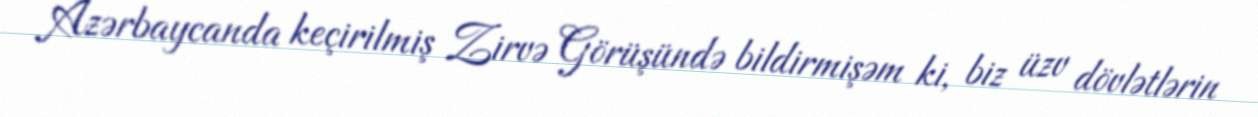
Azərbaycanda keçirilmiş Zirvə Görüşündə bildirmişəm ki, biz üzv dövlətlərin